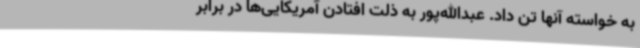
به خواسته آنها تن داد. عبدالله‌پور به ذلت افتادن آمریکایی‌ها در برابر